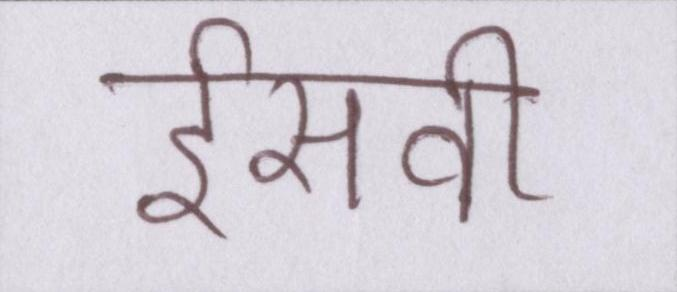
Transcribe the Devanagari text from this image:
ईसवी